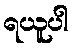
ရယူပါ